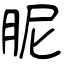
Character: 胒